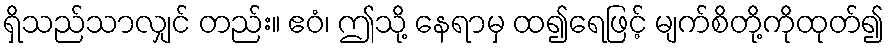
ရှိသည်သာလျှင် တည်း။ ဧဝံ၊ ဤသို့ နေရာမှ ထ၍ရေဖြင့် မျက်စိတို့ကိုထုတ်၍